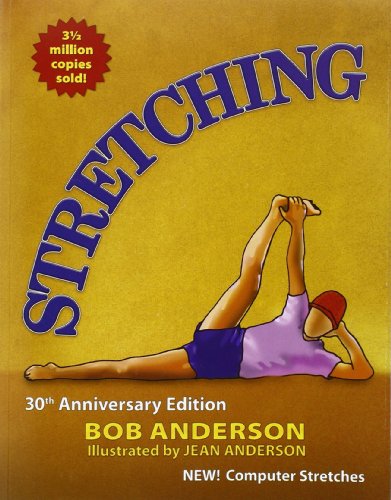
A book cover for Stretching: 30th Anniversary Edition; Bob Anderson; Health, Fitness & Dieting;